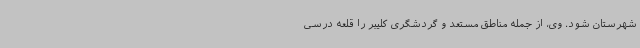
شهرستان شود. وی، از جمله مناطق مستعد و گردشگری کلیبر را قلعه درسی